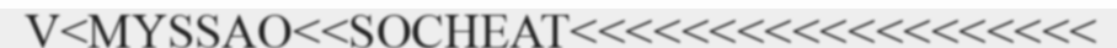
V<MYSSAO<<SOCHEAT<<<<<<<<<<<<<<<<<<<